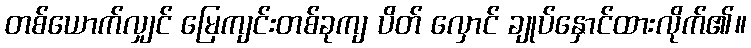
တစ်ယောက်လျှင် မြေကျင်းတစ်ခုကျ ပိတ် လှောင် ချုပ်နှောင်ထားလိုက်၏။